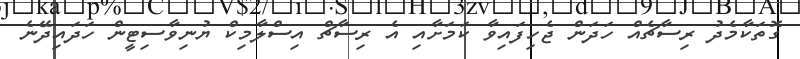
ގޮތަކާމެދު ރިސާޗެއް ހަދަން ޖެހިފައިވާ ކަމަށާއި އެ ރިސާޗް އިސްލާމިކް ޔުނިވާސިޓީން ހަދައިދޭނެ